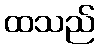
ထသည်